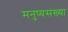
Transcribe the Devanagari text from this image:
मनुष्यसंख्या